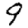
Digit: 9